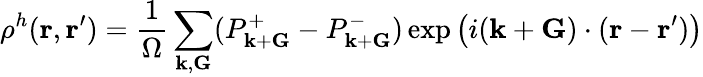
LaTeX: \rho^{h}({\mathbf r},{\mathbf r^{\prime}})=\frac{1}{\Omega}\sum_{{\mathbf k},{\mathbf G}}(P_{{\mathbf k}+{\mathbf G}}^{+}-P_{{\mathbf k}+{\mathbf G}}^{-})\exp\left(i({\mathbf k}+{\mathbf G})\cdot({\mathbf r}-{\mathbf r^{\prime}})\right)